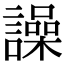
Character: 譟